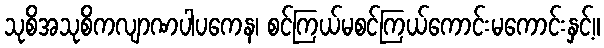
သုစိအသုစိကလျာဏပါပကေန၊ စင်ကြယ်မစင်ကြယ်ကောင်းမကောင်းနှင့်။